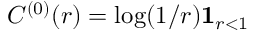
C ^ { ( 0 ) } ( r ) = \log ( 1 / r ) \mathbf 1 _ { r < 1 }